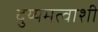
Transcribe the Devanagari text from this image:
दुय्यमत्वाशी